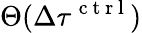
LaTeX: \Theta(\Delta\tau^{\mathrm{~c~t~r~l~}})